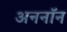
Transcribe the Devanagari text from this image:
अननाॅन